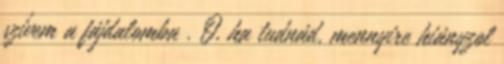
szívem a fájdalomba . Ó, ha tudnád, mennyire hiányzol